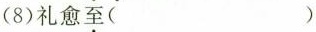
(8)礼愈\underset{·}{至}( )